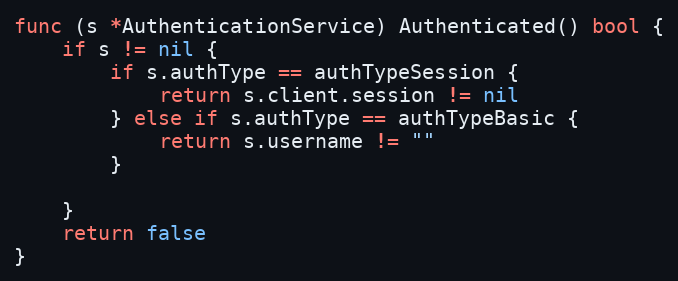
Language: Go
func (s *AuthenticationService) Authenticated() bool {
	if s != nil {
		if s.authType == authTypeSession {
			return s.client.session != nil
		} else if s.authType == authTypeBasic {
			return s.username != ""
		}

	}
	return false
}